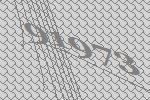
91973